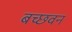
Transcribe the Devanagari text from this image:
बच्छवन